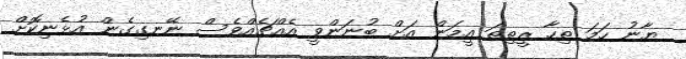
ޔާނު ހަމަ ތިހާ ރީތިތަ އީމަން އަށް ބުނަންވީ އެއްޗެއްވެސް ނޭނގިގެން އުޅެނިކޮށް